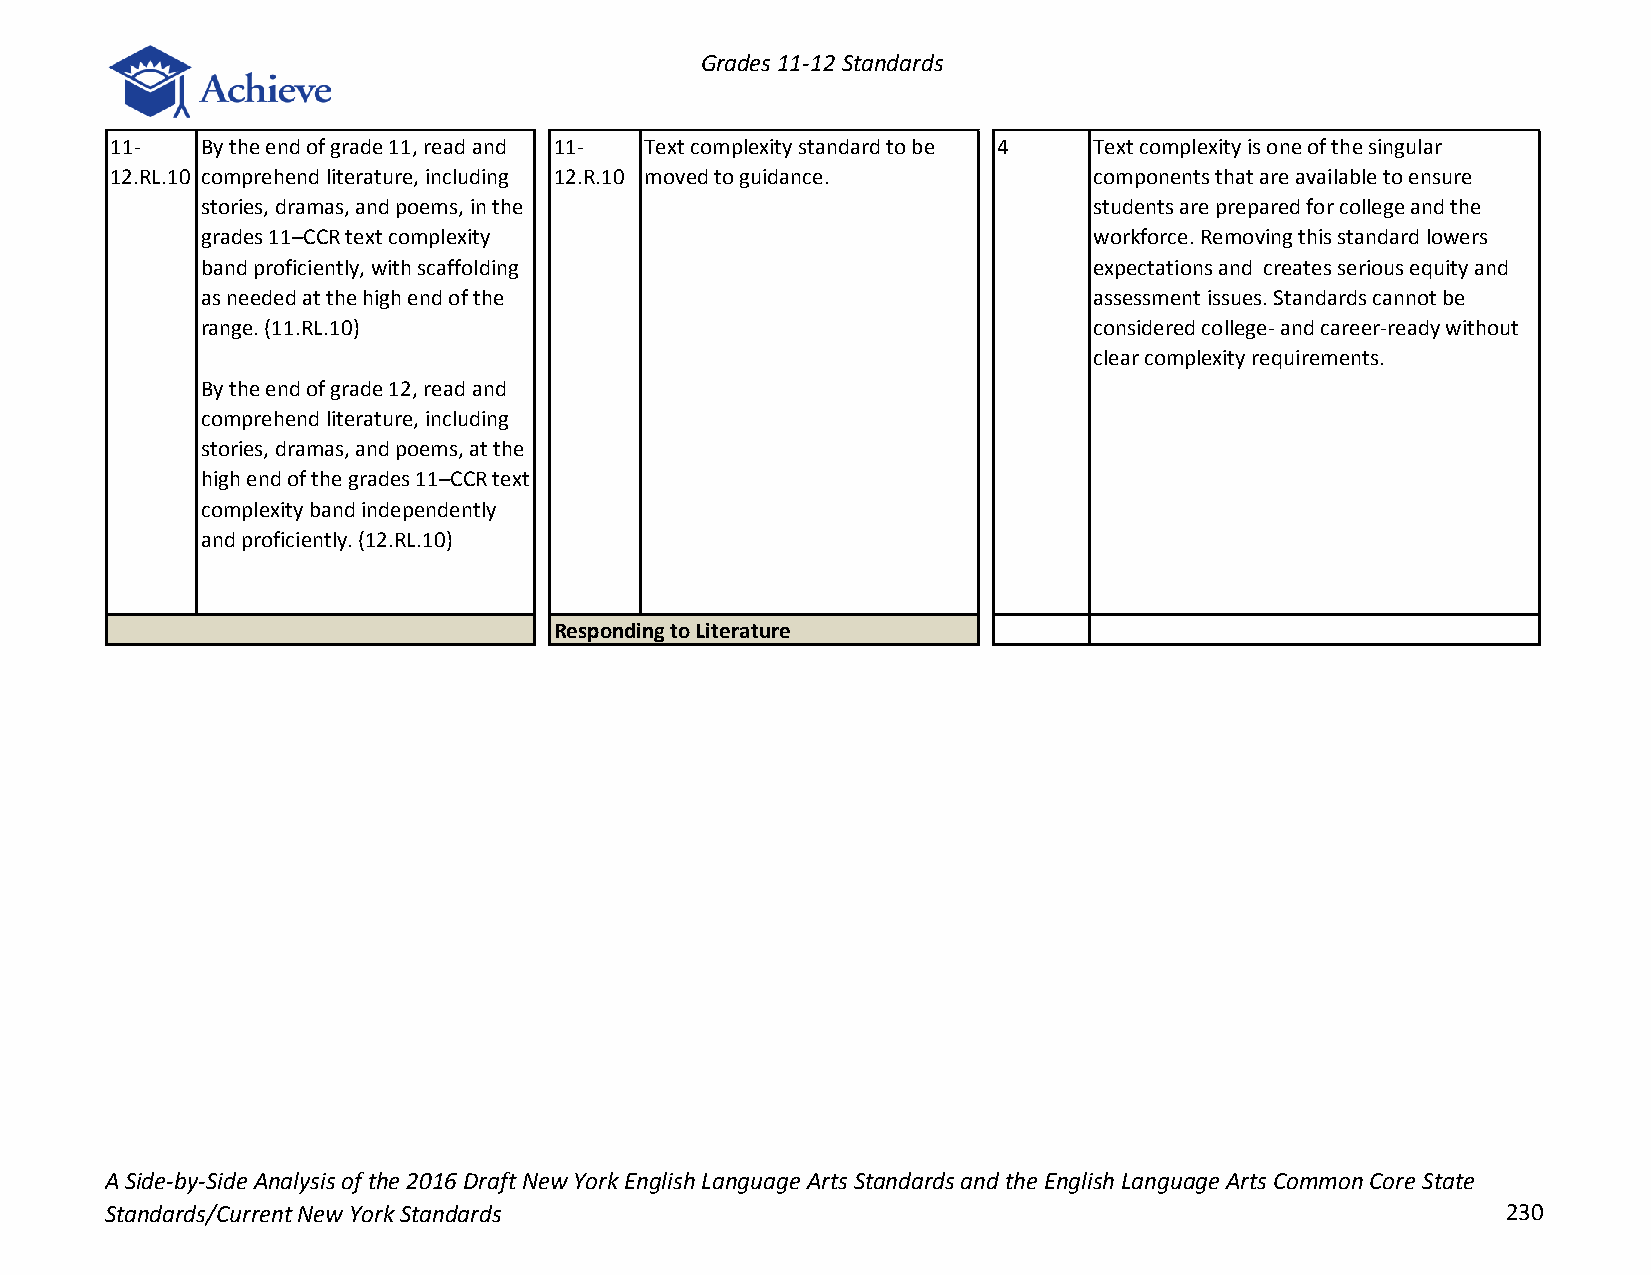
Grades 11-12 Standards
 11-   By the end of grade 11, read and 11- Text complexity standard to be 4 Text complexity is one of the singular
 12.RL.10 comprehend literature, including 12.R.10 moved to guidance. components that are available to ensure
 stories, dramas, and poems, in the                         students are prepared for college and the
 grades 11–CCR text complexity                              workforce. Removing this standard lowers
 band proficiently, with scaffolding                        expectations and creates serious equity and
 as needed at the high end of the                           assessment issues. Standards cannot be
 range. (11.RL.10)                                          considered college- and career-ready without
 clear complexity requirements.
 By the end of grade 12, read and
 comprehend literature, including
 stories, dramas, and poems, at the
 high end of the grades 11–CCR text
 complexity band independently
 and proficiently. (12.RL.10)
 Responding to Literature
 A Side-by-Side Analysis of the 2016 Draft New York English Language Arts Standards and the English Language Arts Common Core State
 Standards/Current New York Standards                                                         230